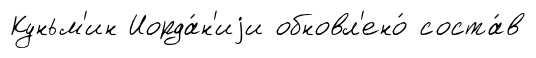
Куньм'ин Иорда́н'иjи обновл'ено́ соста́в